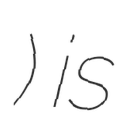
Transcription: สนามกีฬาจิระนคร) is